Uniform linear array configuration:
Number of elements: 4
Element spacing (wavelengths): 0.75
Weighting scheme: uniform
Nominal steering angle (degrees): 30
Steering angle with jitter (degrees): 28.809
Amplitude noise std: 0.05
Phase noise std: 0.05

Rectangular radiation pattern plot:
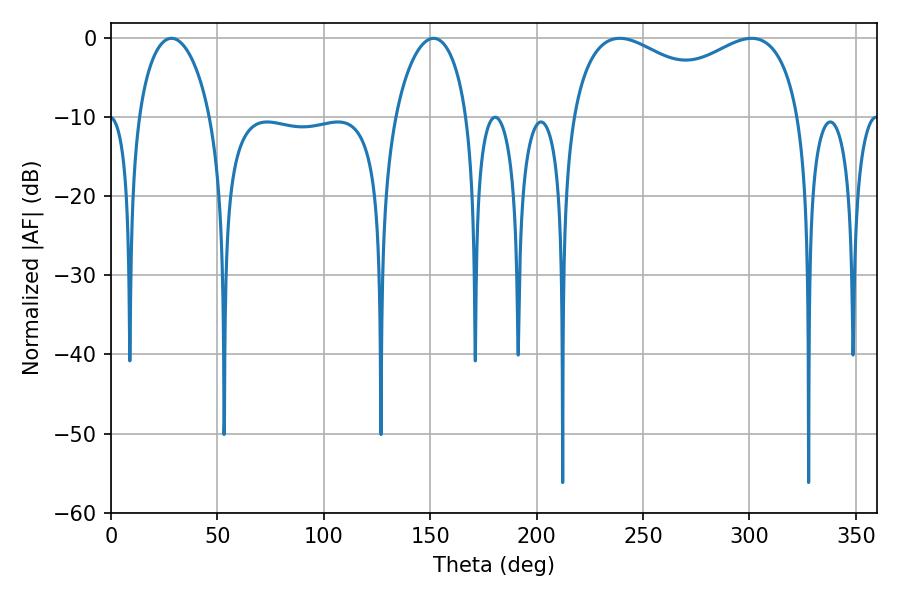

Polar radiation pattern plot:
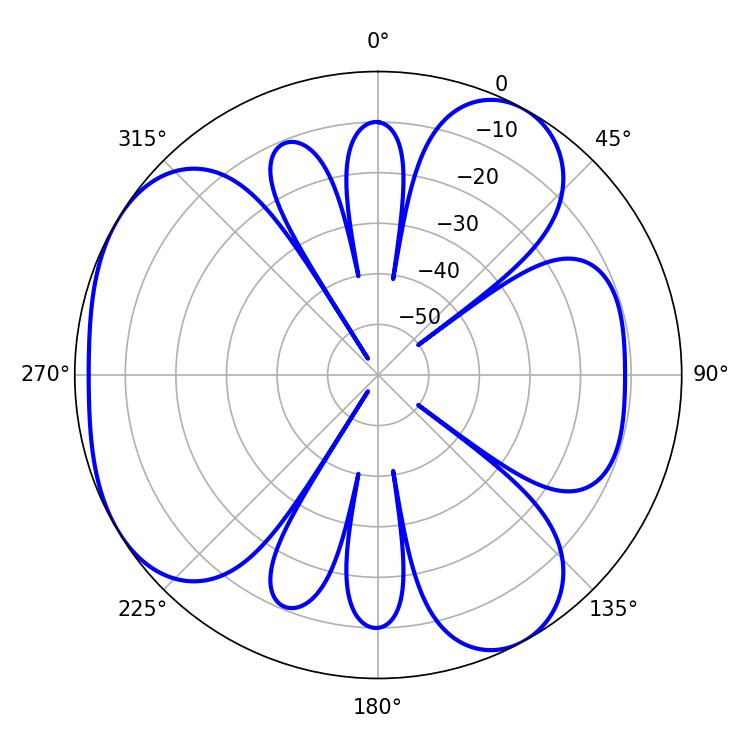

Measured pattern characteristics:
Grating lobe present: TRUE
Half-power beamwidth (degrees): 89.64
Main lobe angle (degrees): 239.04